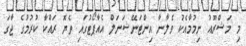
މި މަޝްރޫއު ނިމުމާއެކު ވެލާނާ އިންޓަނޭޝަނަލް އެއާޕޯޓުގައި ތެޔޮ ރައްކާ ކުރުމުގެ ޖާގަ